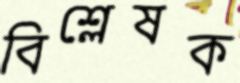
বিশ্লেষক